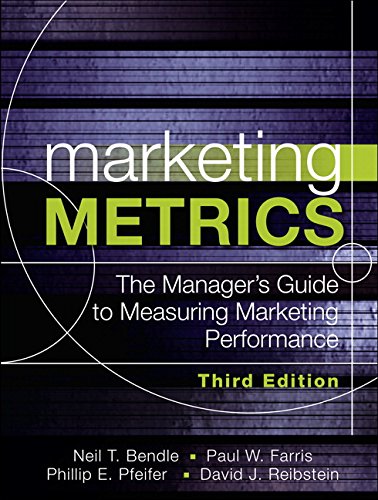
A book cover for Marketing Metrics: The Manager's Guide to Measuring Marketing Performance (3rd Edition); Paul Farris; Business & Money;